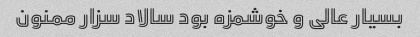
بسیار عالی و خوشمزه بود سالاد سزار ممنون